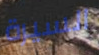
السيرة